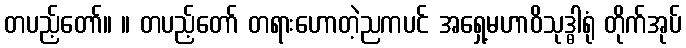
တပည့်တော်။ ။ တပည့်တော် တရားဟောတဲ့ညကပင် အရှေ့မဟာဝိသုဒ္ဓါရုံ တိုက်အုပ်